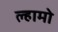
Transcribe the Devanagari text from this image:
ल्हामो